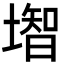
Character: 𡐻